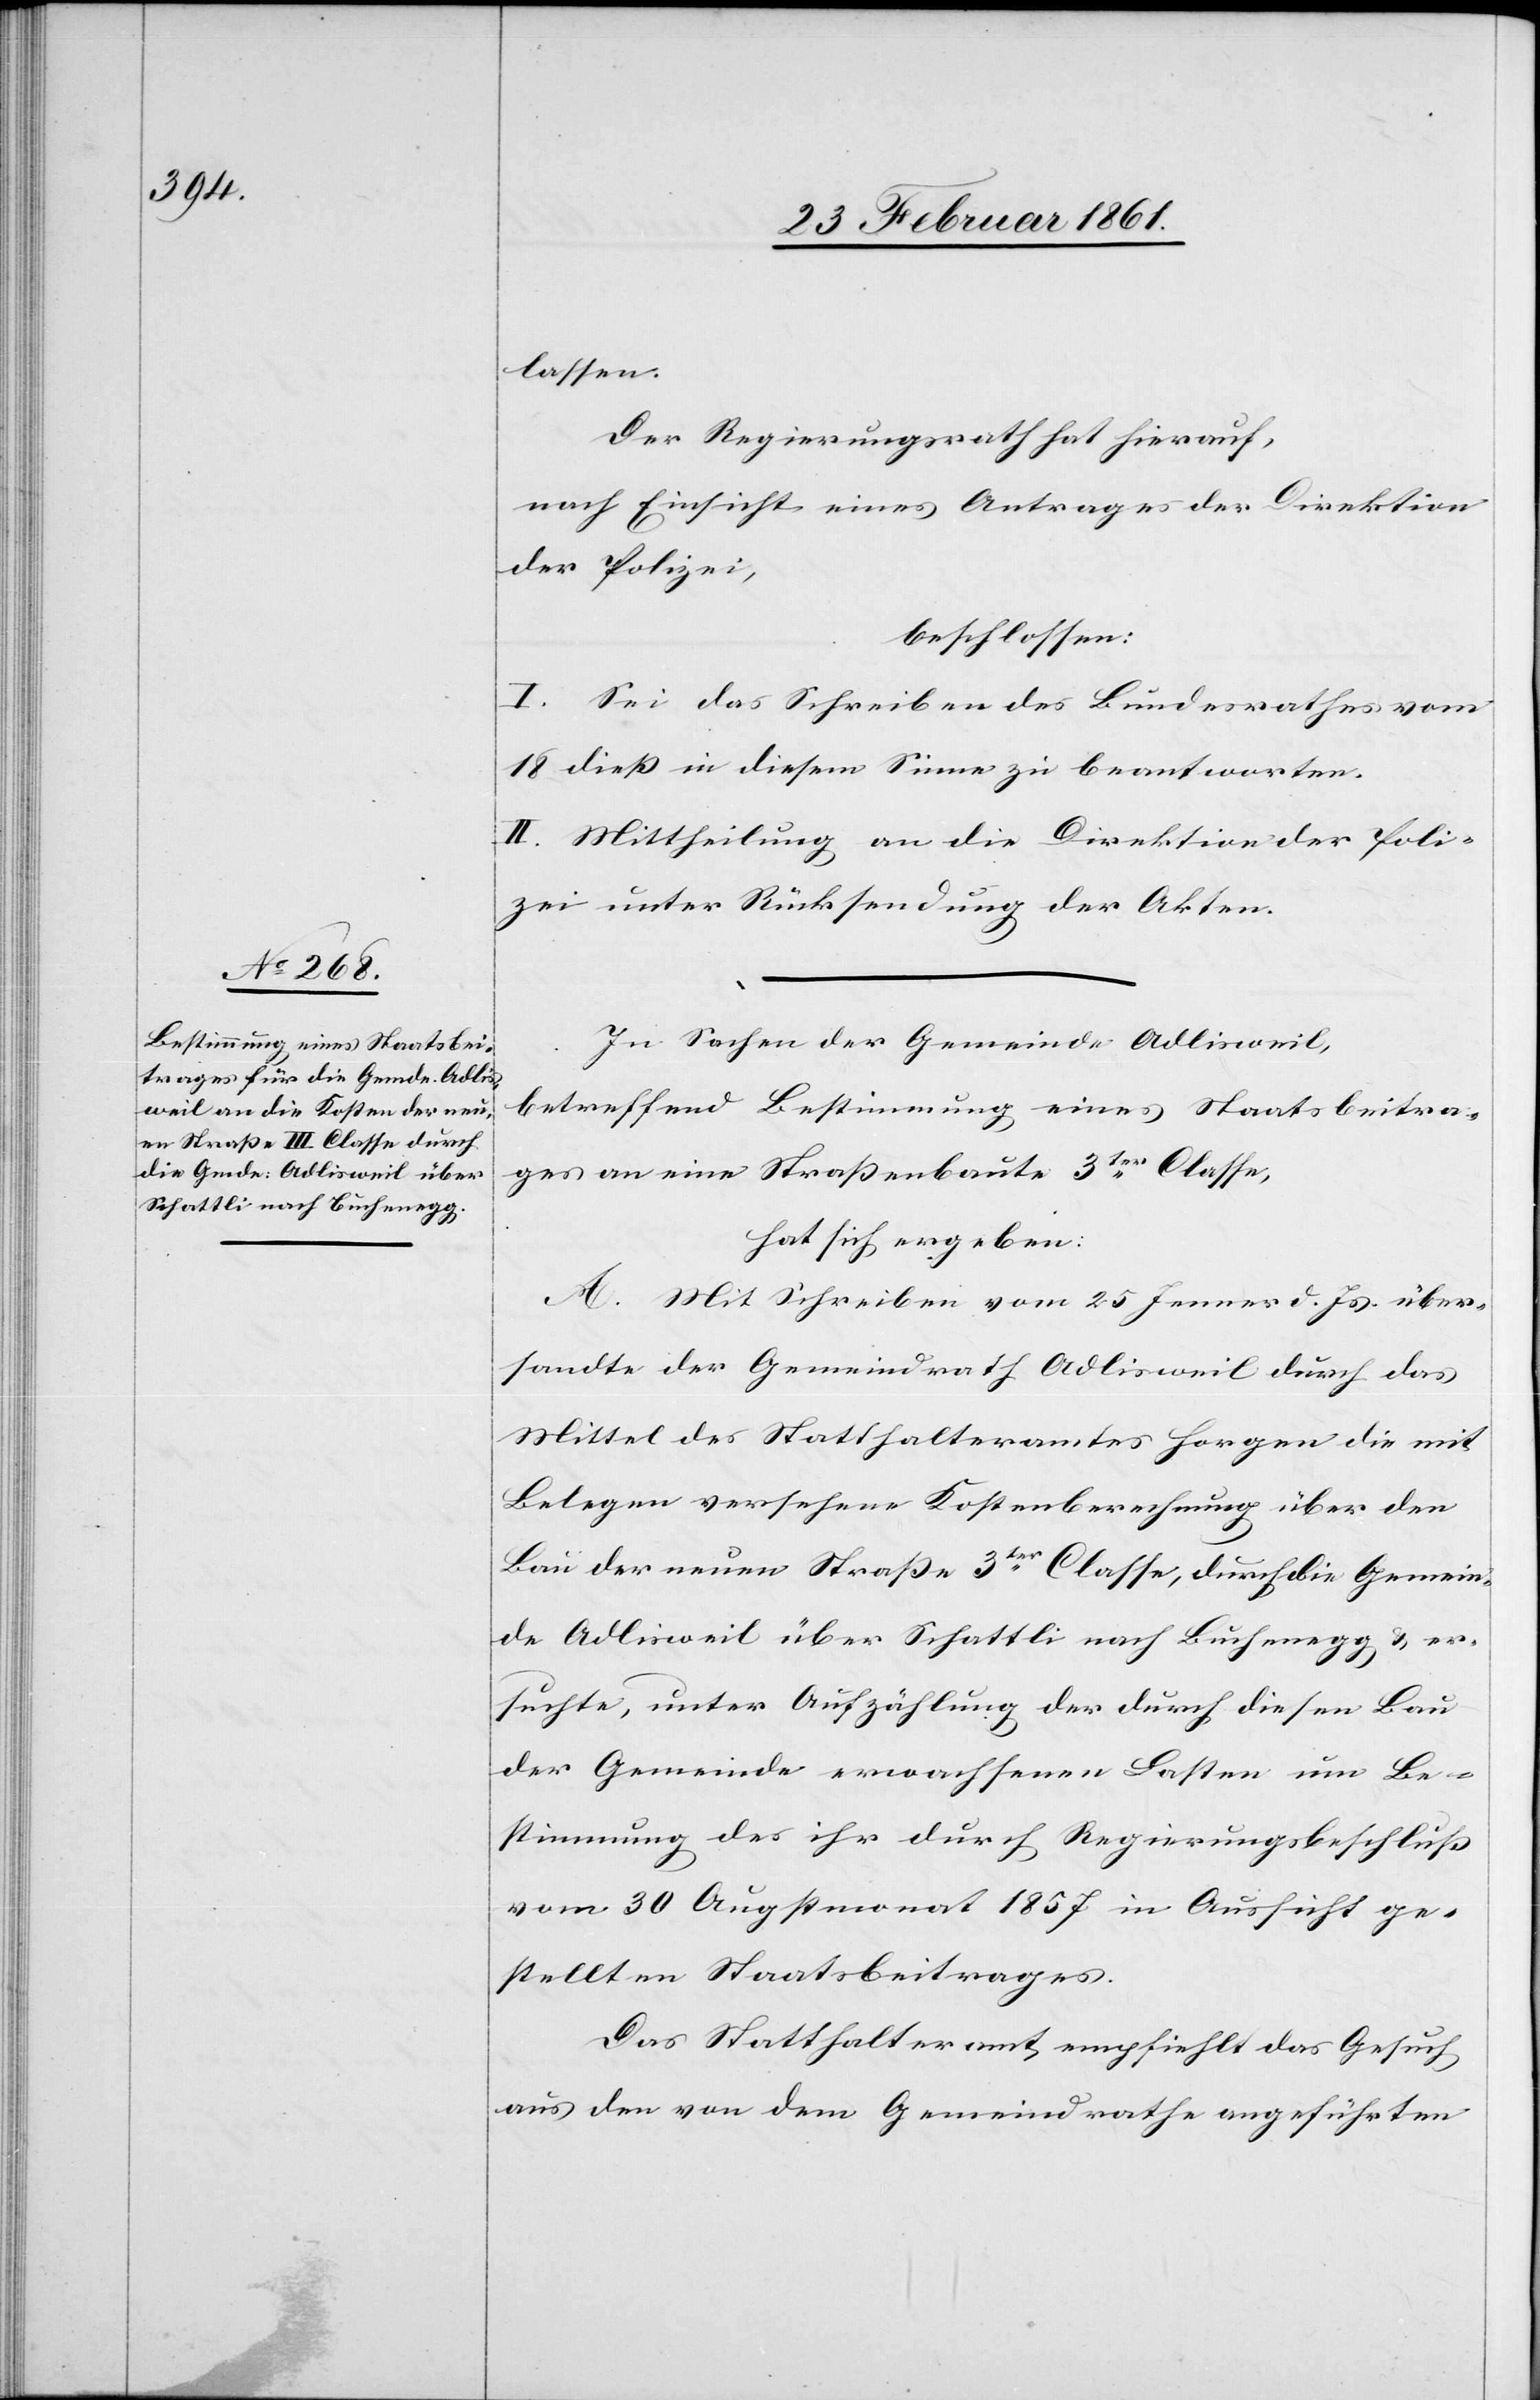
lassen.
Der Regierungsrath hat hierauf,
nach Einsicht eines Antrages der Direktion
der Polizei,
beschlossen:
I. Sei das Schreiben des Bundesrathes vom
18. diess in diesem Sinne zu beantworten.
II. Mittheilung an die Direktion der Poli¬
zei unter Rücksendung der Akten.
In Sachen der Gemeinde Adlisweil,
betreffend Bestimmung eines Staatsbeitra¬
ges an eine Strassenbaute 3ter Classe,
hat sich ergeben:
A. Mit Schreiben vom 25. Jenner d. Js. über¬
sandte der Gemeindrath Adlisweil durch das
Mittel des Statthalteramtes Horgen die mit
Belegen versehene Kostenberechnung über den
Bau der neuen Strasse 3ter Classe, durch die Gemein¬
de Adlisweil über Schattli nach Buchenegg u. er¬
suchte, unter Aufzählung der durch diesen Bau
der Gemeinde erwachsenen Lasten um Be¬
stimmung des ihr durch Regierungsbeschluss
vom 30. Augstmonat 1857 in Aussicht ge¬
stellten Staatsbeitrages.
Das Statthalteramt empfiehlt das Gesuch
aus den von dem Gemeindrathe angeführten